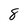
Character: 8